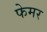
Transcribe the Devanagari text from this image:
फेमर